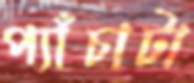
প্যাঁচাটা